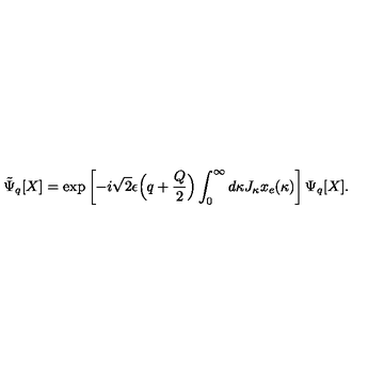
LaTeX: \tilde { \Psi } _ { q } [ X ] = \exp \left[ - i \sqrt { 2 } \epsilon \Bigl ( q + \frac { Q } { 2 } \Bigr ) \int _ { 0 } ^ { \infty } d \kappa J _ { \kappa } x _ { e } ( \kappa ) \right] \Psi _ { q } [ X ] .